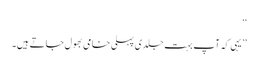
‘‘
’’یہی کہ آپ بہت جلدی پہلی خامی بھول جاتے ہیں۔